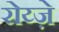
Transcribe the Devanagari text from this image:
रोय्ज़े